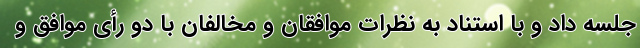
جلسه داد و با استناد به نظرات موافقان و مخالفان با دو رأی موافق و